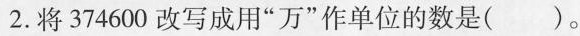
2.将374600改写成用“万”作单位的数是（ ）。